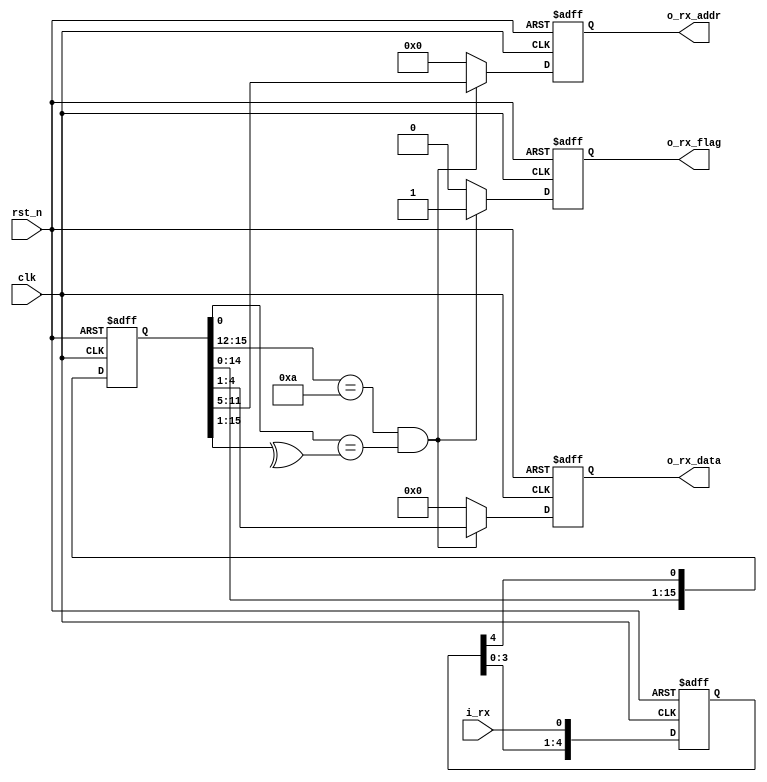
`timescale 1ns/1ps

module tele_rx (
	input					clk,		// 100Mhz
	input					rst_n,

	input					i_rx	,

	output	reg				o_rx_flag,
	output	reg	[7-1: 0]	o_rx_addr,
	output	reg	[4-1: 0]	o_rx_data 
);

parameter	D_META	= 5;

reg		[D_META-1: 0]	i_rx_d;

reg		[16-1: 0]	rx_stream_buf;

wire				t_rx_flag;
wire	[7-1: 0]	t_rx_addr;
wire	[4-1: 0]	t_rx_data;

always @ (posedge clk or negedge rst_n) begin
	if (~rst_n) begin
		i_rx_d	<=	{D_META{1'b0}};
	end else begin
		i_rx_d	<= {i_rx_d[D_META-2:0], i_rx};
	end
end

always @ (posedge clk or negedge rst_n) begin
	if (~rst_n) begin
		rx_stream_buf	<= {16{1'b0}};
	end else begin
		rx_stream_buf	<= { rx_stream_buf[16-2:0], i_rx_d[D_META-1] };
	end
end

assign	t_rx_check_sum = rx_stream_buf[ 0];
assign	w_rx_check_sum = ^rx_stream_buf[15: 1];
assign	flag_rx_check_sum = (t_rx_check_sum==w_rx_check_sum);

assign	t_rx_flag	= ( rx_stream_buf[16-1:12] == 4'b1010 ) & flag_rx_check_sum;

assign	t_rx_addr	= (t_rx_flag==1'b1) ? rx_stream_buf[11: 5] : 6'd0 ;
assign	t_rx_data	= (t_rx_flag==1'b1) ? rx_stream_buf[ 4: 1] : 4'd0 ;

always @ (posedge clk or negedge rst_n) begin
	if (~rst_n) begin
		o_rx_flag	<= {1{1'b0}};
		o_rx_addr	<= {7{1'b0}};
		o_rx_data	<= {4{1'b0}};
	end else if ( t_rx_flag ) begin
		o_rx_flag	<= t_rx_flag;
		o_rx_addr	<= t_rx_addr;
		o_rx_data	<= t_rx_data;
	end else begin
		o_rx_flag	<= {1{1'b0}};
		o_rx_addr	<= {7{1'b0}};
		o_rx_data	<= {4{1'b0}};
	end
end

endmodule